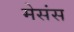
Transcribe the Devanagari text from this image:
मेसंस